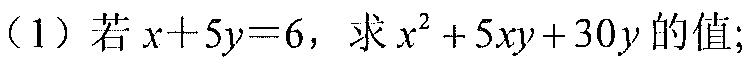
（1）若\(x + 5y = 6\)，求\(x^{2}+5xy + 30y\)的值;